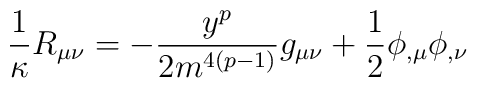
\frac{1}{\kappa}R_{\mu \nu} = - \frac {y^{p}}{2m^{4(p-1)}}g_{\mu \nu}+ \frac{1}{2} \phi_{, \mu} \phi_{,\nu}